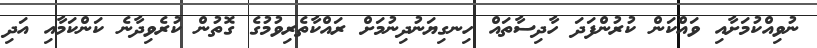
ނުވިއްކުމަށާއި ވައްކަން ކުރުންފަދަ ހާދިސާތައް ހިނގިޔަނުދިނުމަށް ރައްކާތެރިވުމުގެ ގޮތުން ކުރެވިދާނެ ކަންކަމާއި އަދި